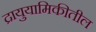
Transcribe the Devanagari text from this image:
द्रायुयामिकीतील